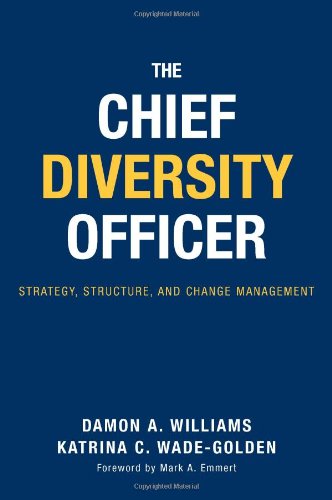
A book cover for The Chief Diversity Officer: Strategy Structure, and Change Management; Damon A. Williams; Education & Teaching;